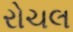
રોચલ